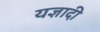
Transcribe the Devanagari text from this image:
यज्ञादी